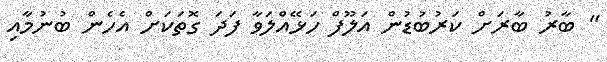
" ބާރު ބާރަށް ކަރުބުޑުން އަލޫފް ހަޅޭއްލަވާ ފަދަ ގޮތަކަށް އެހެން ބުނުމާއި